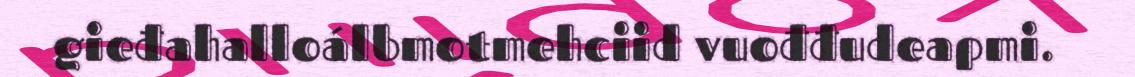
gieđahalloálbmotmehciid vuođđudeapmi.